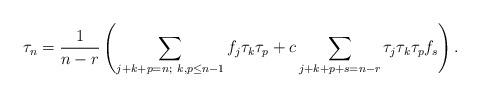
LaTeX: \begin{align*}\tau_{n} = \frac{1}{n-r} \left( \sum_{j+ k+p = n;\ k,p\leq n-1} f_{j}\tau_{k} \tau_{p} + c \sum_{j+k+p+s= n-r} \tau_{j}\tau_{k}\tau_{p} f_{s}\right) .\end{align*}